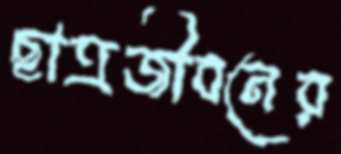
ছাত্রজীবনের